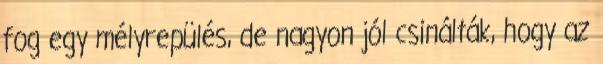
fog egy mélyrepülés, de nagyon jól csinálták, hogy az